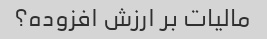
مالیات بر ارزش افزوده؟